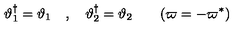
\vartheta _ { 1 } ^ { { \dag } } = \vartheta _ { 1 } \quad , \quad \vartheta _ { 2 } ^ { \dag } = \vartheta _ { 2 } \qquad ( \varpi = - \varpi ^ { \ast } )